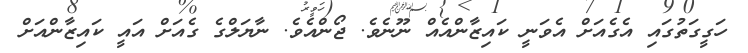
ހަގީގަތުގައި އެގެއަށް އެވަނީ ކައިޒާންއެއް ނޫނެވެ. ޖޯންއެވެ. ނާޔަލްގެ ގެއަށް އައީ ކައިޒާންއަށް